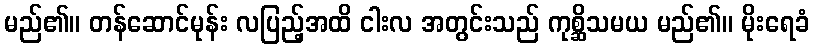
မည်၏။ တန်ဆောင်မုန်း လပြည့်အထိ ငါးလ အတွင်းသည် ကုစ္ဆိသမယ မည်၏။ မိုးရေခံ